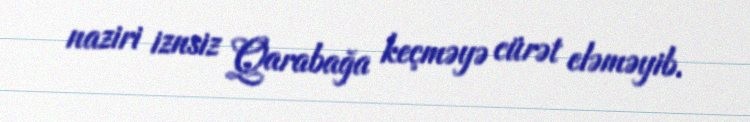
naziri iznsiz Qarabağa keçməyə cürət eləməyib.